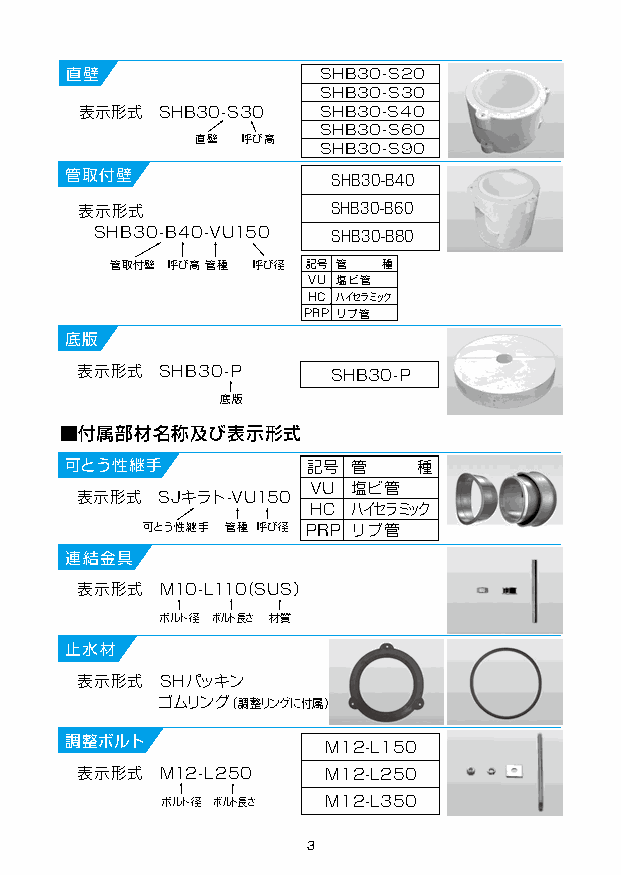
直壁               SHB30-S20
 SHB30-S30
 表示形式  SHB30-S30 SHB30-S40
 SHB30-S60
 直壁 呼び高
 SHB30-S90
 管取付壁              SHB30-B40
 表示形式             SHB30-B60
 SHB30-B40-VU150 SHB30-B80
 管取付壁 呼び高 管種 呼び径 記号 管 種
 VU 塩ビ管
 HC ハイセラミック
 PRP リブ管
 底版
 表示形式  SHB30-P    SHB30-P
 底版
 ■付属部材名称及び表示形式
 可とう性継手          記号 管    種
 VU 塩ビ管
 表示形式 SJキラト-VU150
 HC ハイセラミック
 可とう性継手 管種 呼び径 PRP リブ管
 連結金具
 表示形式  M10-L110（SUS）
 ボルト径 ボルト長さ 材質
 止水材
 表示形式  SHパッキン
 ゴムリング（調整リングに付属）
 調整ボルト
 M12-L150
 表示形式  M12-L250  M12-L250
 ボルト径 ボルト長さ M12-L350
 3